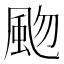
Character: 𩖨